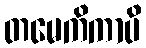
တမေကိကာပိ